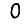
Digit: 0